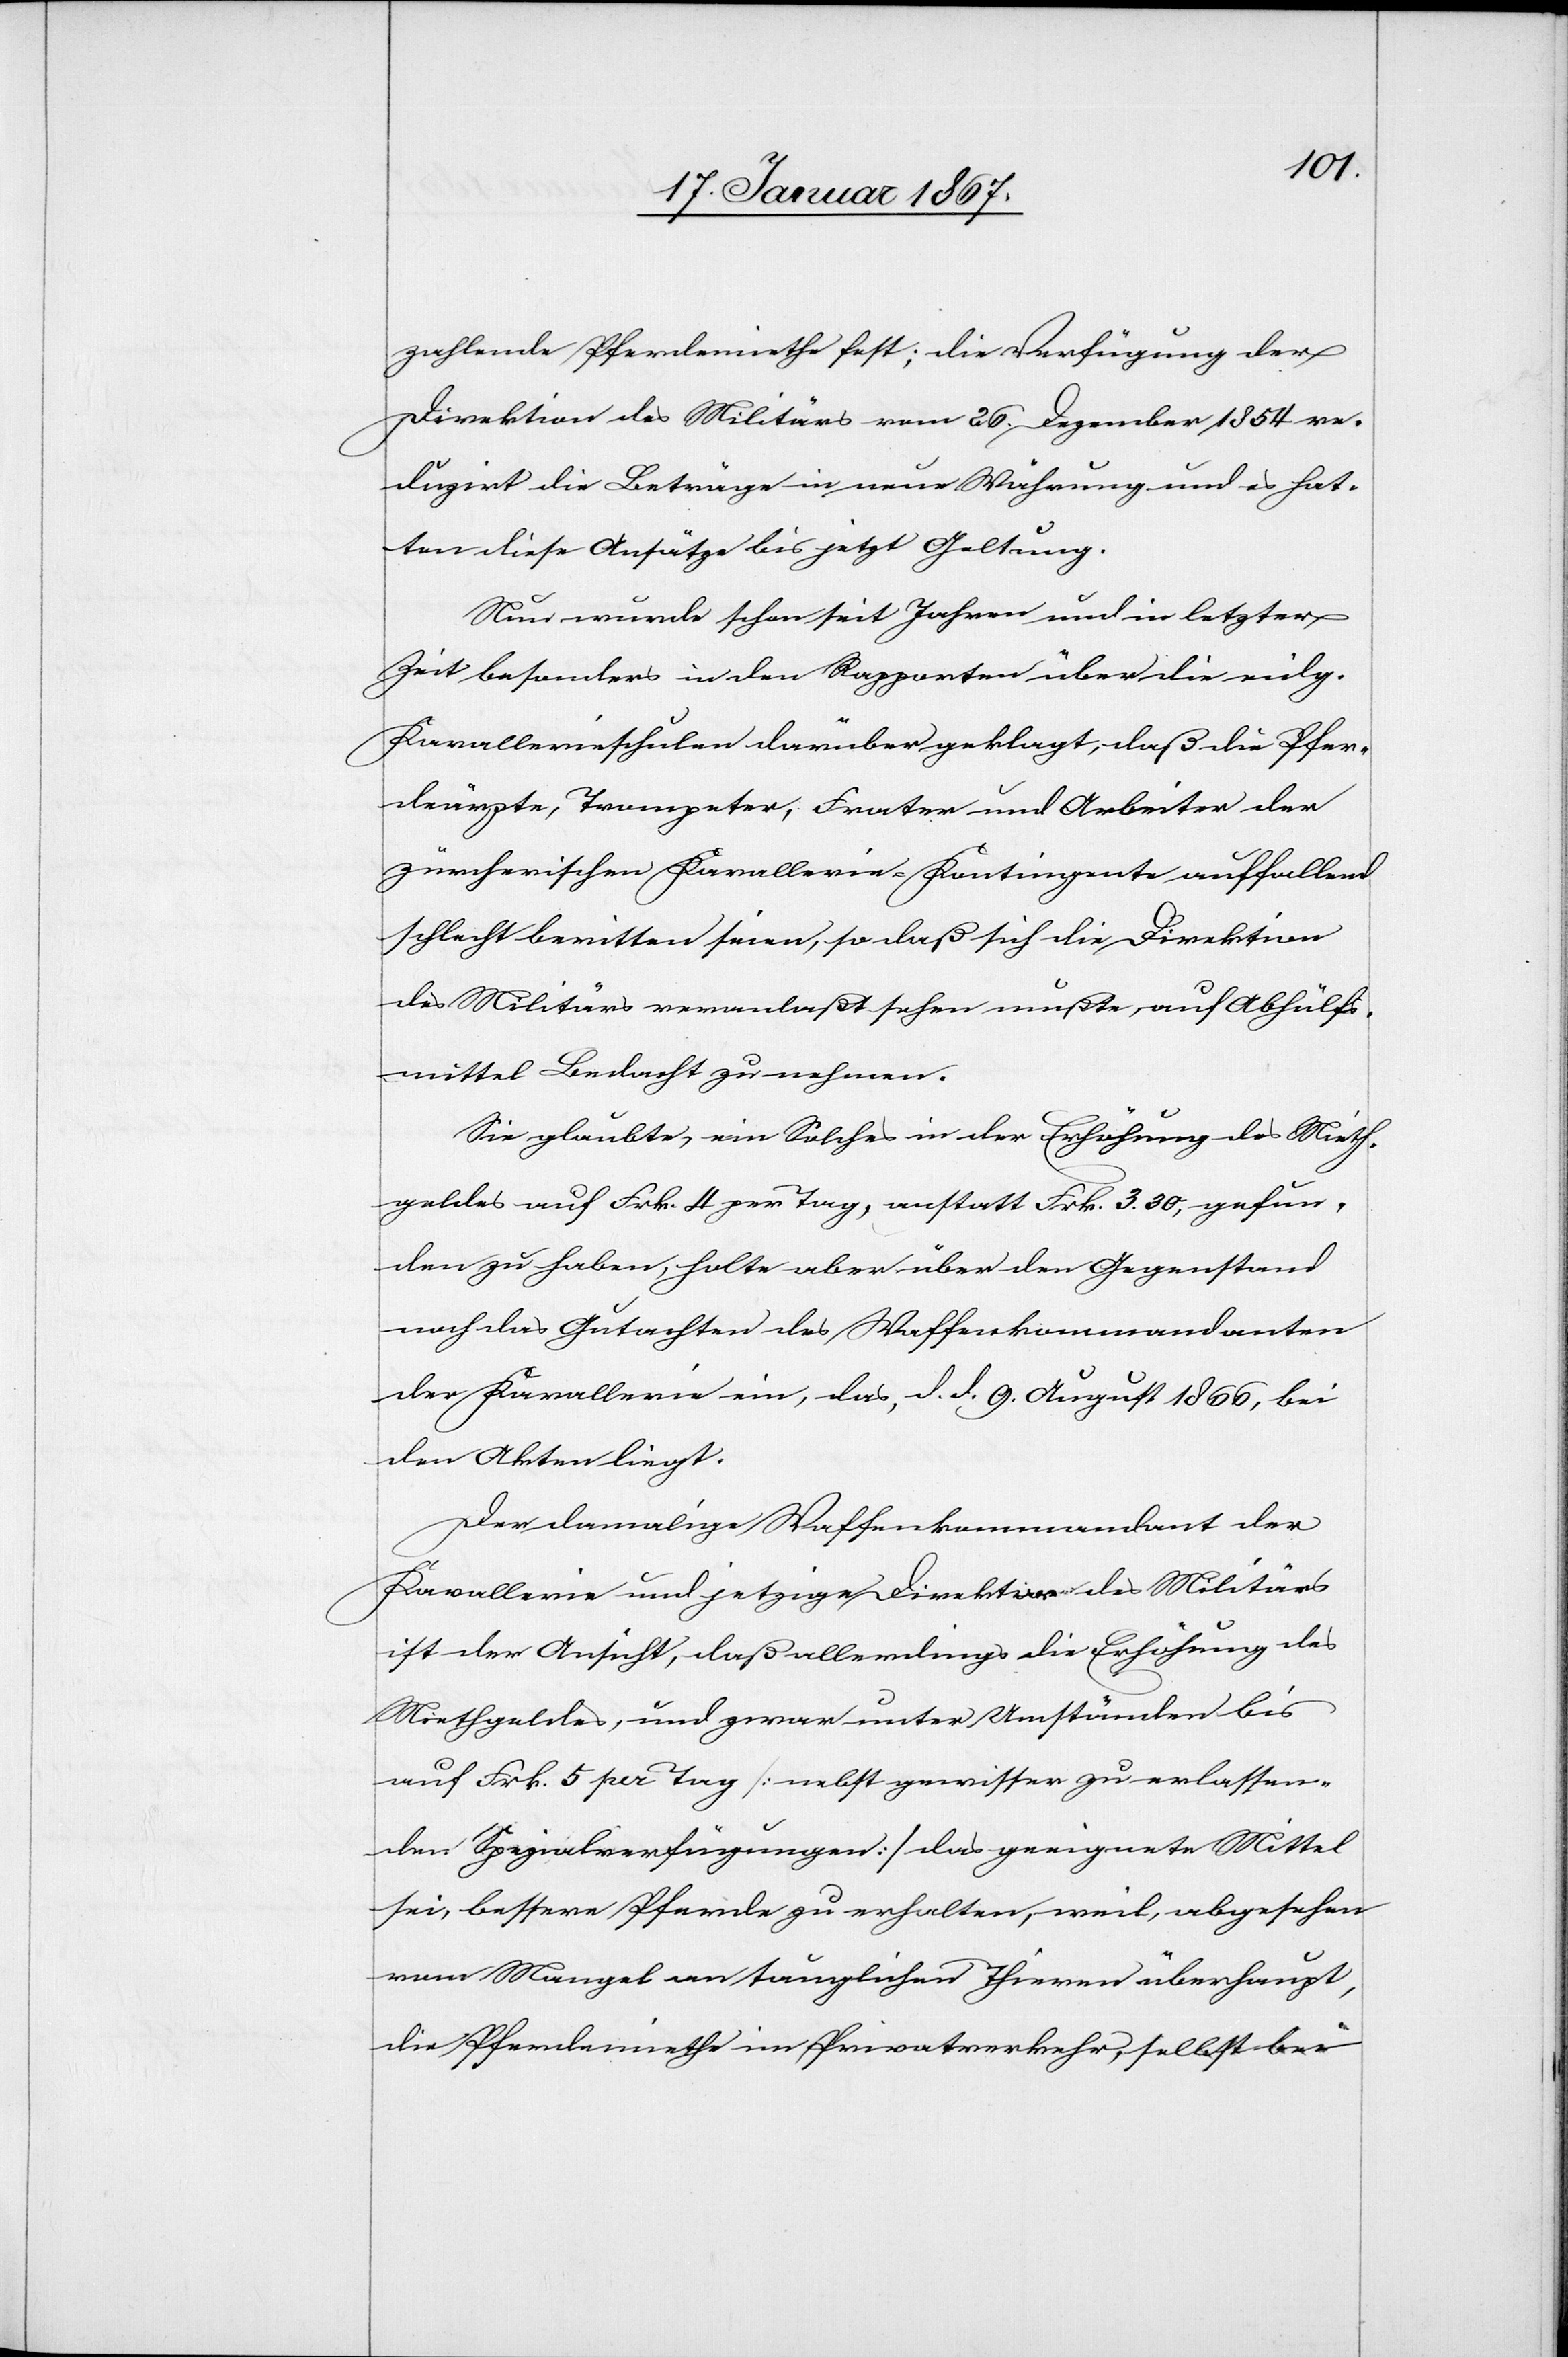
zahlende Pferdemiethe fest; die Verfügung der
Direktion des Militärs vom 26. Dezember 1854 re¬
digirt die Beträge in neue Währung und es hat¬
ten diese Ansätze bis jetzt Geltung.
Nun würde schon seit Jahren und in letzter
Zeit besonders in den Rapporten über die eidg.
Kavallerieschulen darüber geklagt, daß die Pfer¬
deärtze, Trompeter, Frater und Arbeiter der
zürcherischen Kavallerie-Kontingente auffallend
schlecht beritten seien, so daß sich die Direktion
des Militärs veranlaßt sehen mußte, auf Abhülfs¬
mittel Bedacht zu nehmen.
Sie glaubte, ein Solches in der Erhöhung des Mieth¬
geldes auf Frk. 4 pro Tag, anstatt Frk. 3.80, gefun¬
den zu haben, holte aber über den Gegenstand
noch das Gutachten des Waffenkommandanten
der Kavallerie ein, das, d. d. 9. August 1866, bei
den Akten liegt.
Der damalige Waffenkommandant der
Kavallerie und jetzige Direktor des Militärs
ist der Ansicht, daß allerdings die Erhöhung des
Miethgeldes, und zwar unter Umständen bis
auf Frk. 5 per Tag [nebst gewissen zu erlassen¬
den Spezialverfügungen] das geeignete Mittel
sei, bessere Pferde zu erhalten, weil, abgesehen
vom Mangel an tauglichen Thieren überhaupt,
die Pferdemiethe im Privatverkehr, selbst bei